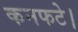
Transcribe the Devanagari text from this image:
कनफटे।